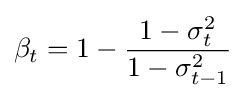
\beta _{t}=1-{\frac {1-\sigma _{t}^{2}}{1-\sigma _{t-1}^{2}}}